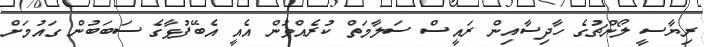
ރިޔާސީ ލޯންޗުގެ ހާދިސާއިން ރައީސް ސަލާމަތް ކުރެއްވުން އެއީ އެބޭފުޅާގެ ސަބަބުން ގައުމަށް